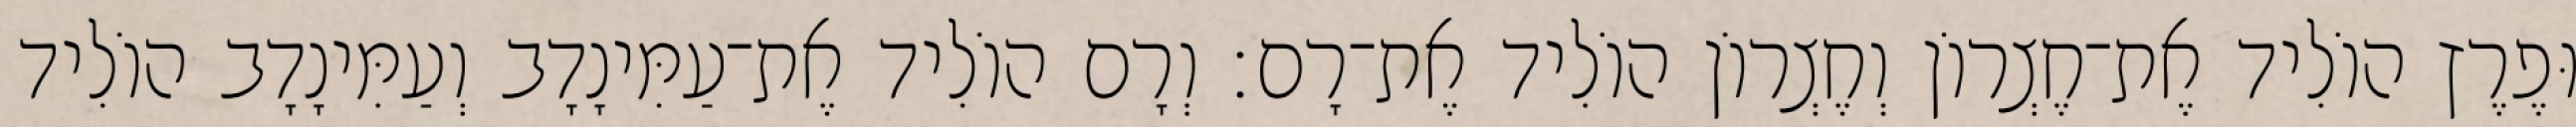
וּפֶרֶץ הוֹלִיד אֶת־חֶצְרוֹן וְחֶצְרוֹן הוֹלִיד אֶת־רָם׃ וְרָם הוֹלִיד אֶת־עַמִּינָדָב וְעַמִּינָדָב הוֹלִיד